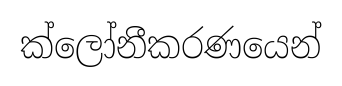
ක්ලෝනීකරණයෙන්